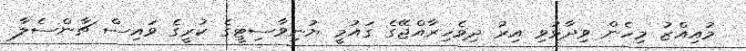
މުއިއްޒު މިހެން ވިދާޅުވި އިރު ދިވެހިރާއްޖޭގެ ގައުމީ ޔުނިވާސިޓީގެ ކުރީގެ ވައިސް ޗާންސެލާ